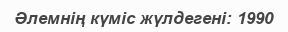
Әлемнің күміс жүлдегені: 1990